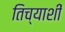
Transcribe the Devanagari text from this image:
तिच्याशीं